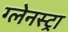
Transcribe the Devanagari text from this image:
ग्लेनस्ट्रा